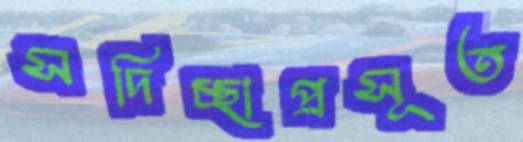
সদিচ্ছাপ্রসূত